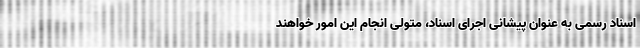
اسناد رسمی به عنوان پیشانی اجرای اسناد، متولی انجام این امور خواهند